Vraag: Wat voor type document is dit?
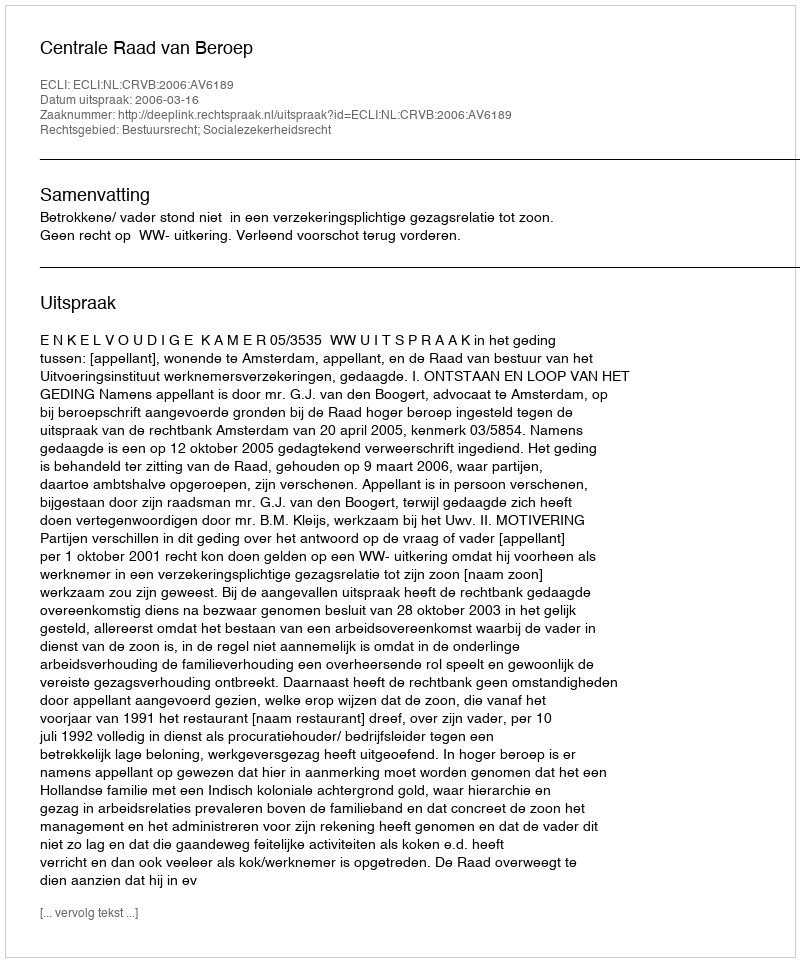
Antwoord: Uitspraak